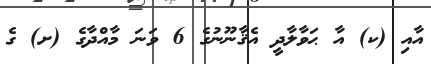
އާއި (ކ) އާ ޙަވާލާދީ އެޤާނޫނުގެ 6 ވަނަ މާއްދާގެ (ށ) ގެ